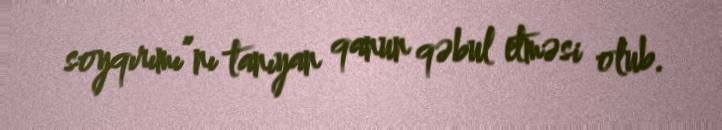
soyqırımı”nı tanıyan qanun qəbul etməsi olub.